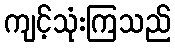
ကျင့်သုံးကြသည်